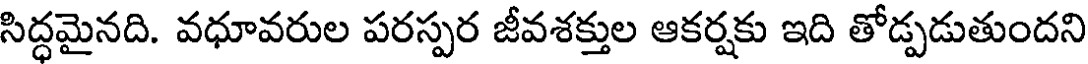
సిద్ధమైనది. వధూవరుల పరస్పర జీవశక్తుల ఆకర్షకు ఇది తోడ్పడుతుందని